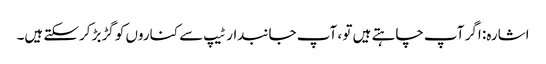
اشارہ: اگر آپ چاہتے ہیں تو ، آپ جانبدار ٹیپ سے کناروں کو گڑبڑ کرسکتے ہیں۔